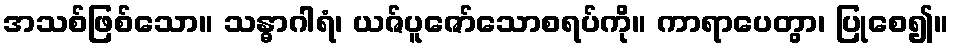
အသစ်ဖြစ်သော။ သန္ဓာဂါရံ၊ ယဇ်ပူဇော်သောစရပ်ကို။ ကာရာပေတွာ၊ ပြုစေ၍။